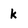
Character: k